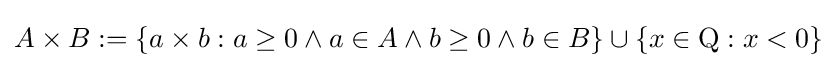
A\times B:=\{a\times b:a\geq 0\land a\in A\land b\geq 0\land b\in B\}\cup \{x\in \mathrm {Q} :x<0\}